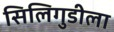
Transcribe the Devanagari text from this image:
सिलिगुडीला